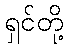
ရှင်တို့